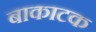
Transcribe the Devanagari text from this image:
बाकाटक